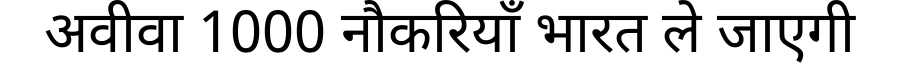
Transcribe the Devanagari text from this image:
अवीवा 1000 नौकरियाँ भारत ले जाएगी